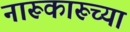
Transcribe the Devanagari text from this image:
नारूकारूच्या